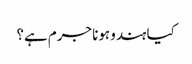
کیا ہندو ہونا جرم ہے؟